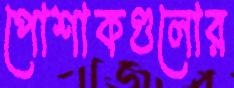
পোশাকগুলোর